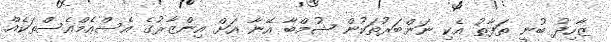
ޒާހިދު ބުނީ ތަފާތު އެކި ނަންބަރުތަކުން ޝުމްބާ އޭނާ އަށް އިންޒާރުގެ އެސްއެމްއެސްތަކެއް